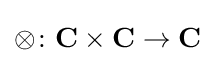
\otimes \colon \mathbf {C} \times \mathbf {C} \to \mathbf {C}